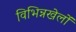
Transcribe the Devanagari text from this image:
विभिन्नखेलों